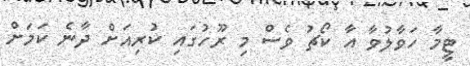
ޓީމާ ހަވާލުވާ އާ ކޯޗު ވެސް މި ރޫހުގައި ކުރިއަށް ދާނެ ކަމަށް